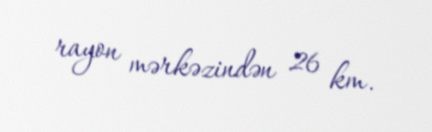
rayon mərkəzindən 26 km.